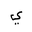
Letter: _ya